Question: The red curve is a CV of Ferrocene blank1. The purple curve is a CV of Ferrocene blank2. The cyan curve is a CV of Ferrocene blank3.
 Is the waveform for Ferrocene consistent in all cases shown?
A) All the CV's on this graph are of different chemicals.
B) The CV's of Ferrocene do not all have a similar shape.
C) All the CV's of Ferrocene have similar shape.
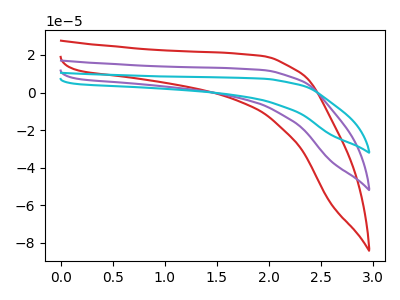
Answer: <think>The red curve "Ferrocene blank1" has no peaks. The purple curve "Ferrocene blank2" has no peaks. The cyan curve "Ferrocene blank3" has no peaks.
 Neither "Ferrocene blank1" or "Ferrocene blank2" have any peaks. Neither "Ferrocene blank1" or "Ferrocene blank3" have any peaks. Neither "Ferrocene blank2" or "Ferrocene blank3" have any peaks.</think>
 <answer>C) All the CV's of "Ferrocene" have similar shape.</answer>
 <eval>C</eval>